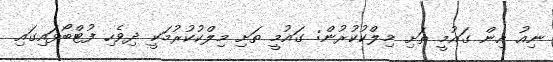
ނިއު އިން ގައުމީ ތަށި މިލްކުކުރުން: ގައުމީ ތަށި މިލްކުކުރުމަކީ ދިވެހި ފުޓްބޯޅައިގައި